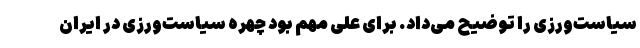
سیاست‌ورزی را توضیح می‌داد. برای علی مهم بود چهره سیاست‌ورزی در ایران